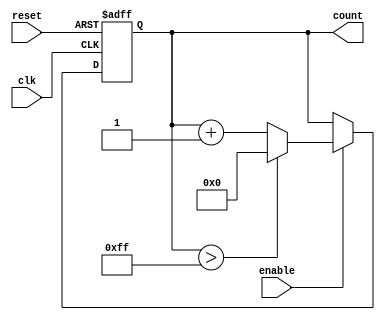
module parameterized_counter #(
    parameter MIN_VALUE = 0,
    parameter MAX_VALUE = 255,
    parameter STEP_SIZE = 1
)(
    input wire clk,
    input wire reset,
    input wire enable,
    output reg [$clog2(MAX_VALUE - MIN_VALUE + 1) - 1:0] count
);

    // Ensure parameters are logically consistent
    initial begin
        if (MIN_VALUE >= MAX_VALUE) begin
            $error("MIN_VALUE must be less than MAX_VALUE.");
            $finish;
        end
        if (STEP_SIZE <= 0) begin
            $error("STEP_SIZE must be greater than zero.");
            $finish;
        end
    end

    // Asynchronous reset and counting logic
    always @(posedge clk or posedge reset) begin
        if (reset) begin
            count <= MIN_VALUE;
        end else if (enable) begin
            // Increment the count by STEP_SIZE
            count <= count + STEP_SIZE;
            // Wrap-around condition
            if (count > MAX_VALUE) begin
                count <= MIN_VALUE;
            end
        end
    end

endmodule